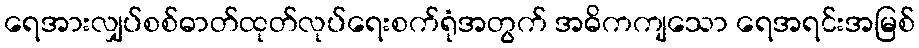
ရေအားလျှပ်စစ်ဓာတ်ထုတ်လုပ်ရေးစက်ရုံအတွက် အဓိကကျသော ရေအရင်းအမြစ်